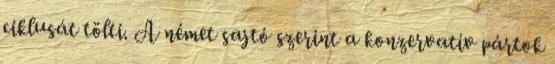
ciklusát tölti. A német sajtó szerint a konzervatív pártok